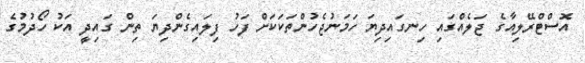
އޮސްޓްރޭލިއާގެ ޖަލެއްގައި ހިނގައިދިޔަ ހަމަނުޖެހުންތަކަކަށް ފަހު ފިލައިގެންދިޔަ ތިން ގައިދީ އަކު ހޯދުމުގެ